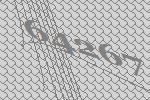
64267